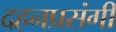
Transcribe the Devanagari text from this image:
दहनप्रसंगी